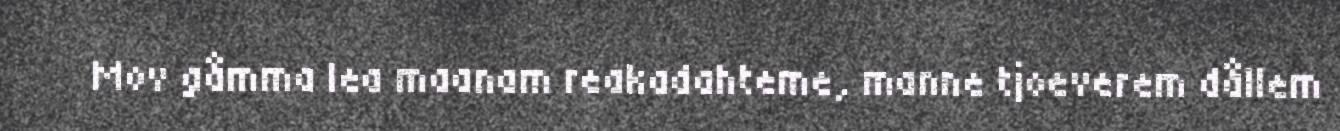
Mov gåmma lea maanam reakadahteme, manne tjoeverem dållem